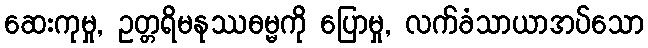
ဆေးကုမှု, ဥတ္တရိမနုဿဓမ္မကို ပြောမှု, လက်ခံသာယာအပ်သော